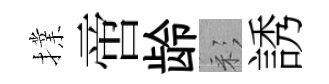
擈啻龄彩誘